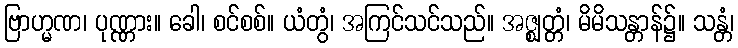
ဗြာဟ္မဏ၊ ပုဏ္ဏား။ ခေါ၊ စင်စစ်။ ယံတွံ၊ အကြင်သင်သည်။ အဇ္ဈတ္တံ၊ မိမိသန္တာန်၌။ သန္တံ၊